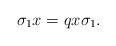
LaTeX: \begin{align*}\sigma_1 x=qx\sigma_1.\end{align*}